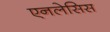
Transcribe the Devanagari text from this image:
एनलेसिस